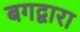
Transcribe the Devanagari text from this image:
बगद्वारा